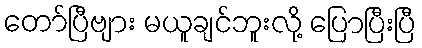
တော်ပြီဗျား မယူချင်ဘူးလို့ ပြောပြီးပြီ